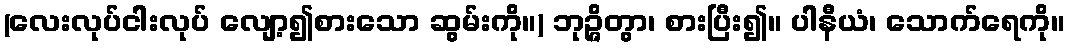
(လေးလုပ်ငါးလုပ် လျော့၍စားသော ဆွမ်းကို။) ဘုဉ္ဇိတွာ၊ စားပြီး၍။ ပါနီယံ၊ သောက်ရေကို။